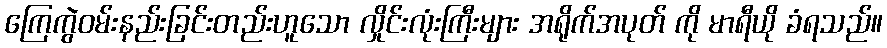
ကြေကွဲဝမ်းနည်းခြင်းတည်းဟူသော လှိုင်းလုံးကြီးများ အရိုက်အပုတ် ကို မာရီယို ခံရသည်။